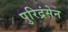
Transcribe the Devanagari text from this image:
पुरिद्रंसेन